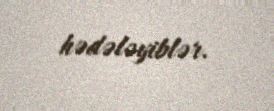
hədələyiblər.